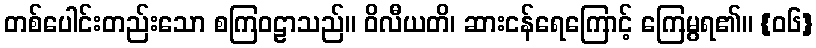
တစ်ပေါင်းတည်းသော စကြဝဠာသည်။ ဝိလီယတိ၊ ဆားငန်ရေကြောင့် ကြေမွရ၏။ {၀၆}